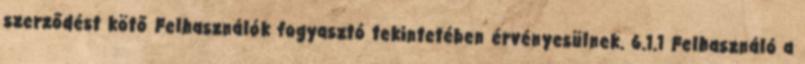
szerződést kötő Felhasználók fogyasztó tekintetében érvényesülnek. 6.1.1 Felhasználó a